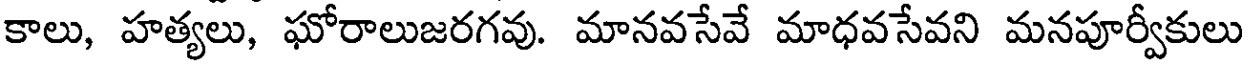
కాలు, హత్యలు, ఘోరాలుజరగవు. మానవసేవే మాధవసేవని మనపూర్వీకులు